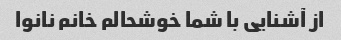
از آشنایی با شما خوشحالم خانم نانوا